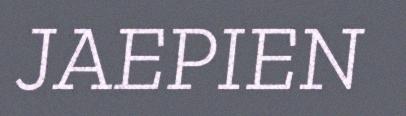
JAEPIEN